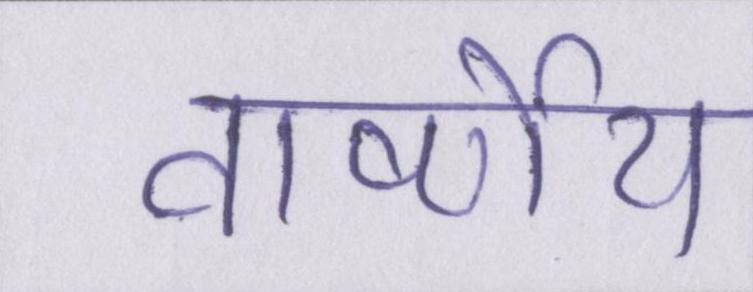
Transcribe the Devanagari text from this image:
वार्ष्णेय